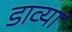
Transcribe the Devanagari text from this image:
डाव्‍या